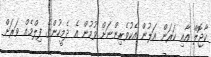
ކާޖޮލް އާއި ކަރަން އަލުން އެކުވެރިންނަށް ވުމުން އެ ދެމީހުންގެ ފިލްމެއް ވަރަށް